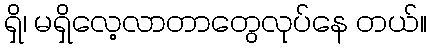
ရှိ၊ မရှိလေ့လာတာတွေလုပ်နေ တယ်။